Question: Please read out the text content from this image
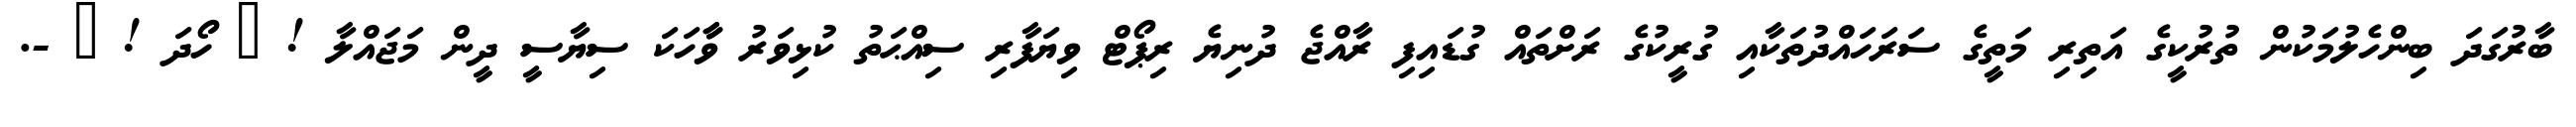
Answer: ބާރުގަދަ ބިންހެލުމަކުން ތުރުކީގެ އަތިރި މަތީގެ ސަރަހައްދުތަކާއި ގުރީކުގެ ރަށްތައް ގުޑައިފި ރާއްޖެ ދުނިޔެ ރިޕޯޓް ވިޔަފާރި ސިއްޙަތު ކުޅިވަރު ވާާހަކަ ސިޔާސީ ދީން މަޖައްލާ ! ? ހޯދަ ! ? -.